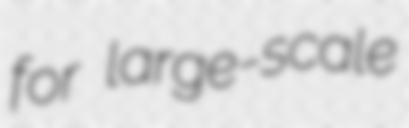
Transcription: for large-scale